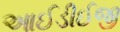
આઈડીઈજી